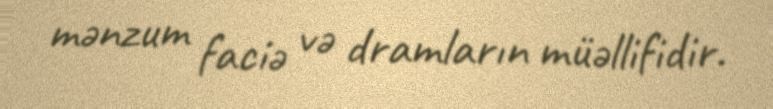
mənzum faciə və dramların müəllifidir.